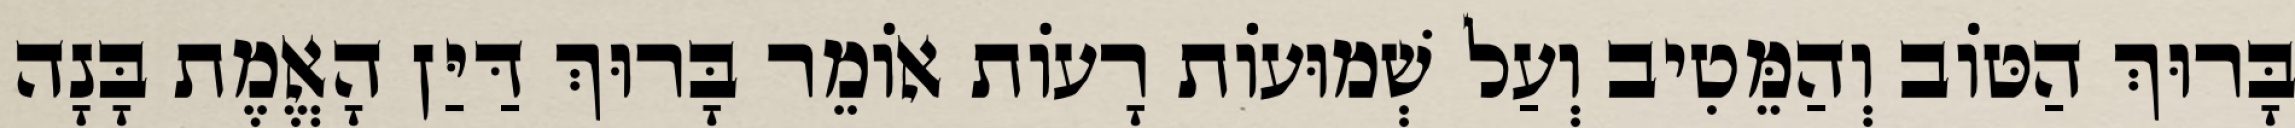
בָּרוּךְ הַטּוֹב וְהַמֵּטִיב וְעַל שְׁמוּעוֹת רָעוֹת אוֹמֵר בָּרוּךְ דַּיַּן הָאֱמֶת בָּנָה